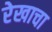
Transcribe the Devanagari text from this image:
रेखाचा